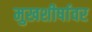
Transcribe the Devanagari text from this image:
मुखशीर्षावर